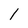
Character: 1